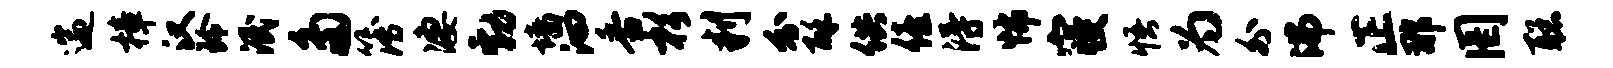
遄樟汉玲泯多簿凄勃墙汩香杉判分酥供僖得怖寝悟为外沸正那罔聪